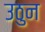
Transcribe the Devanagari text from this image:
उठुन